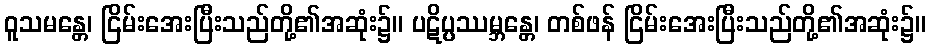
ဝူသမန္တေ၊ ငြိမ်းအေးပြီးသည်တို့၏အဆုံး၌။ ပဋိပ္ပဿမ္ဘန္တေ၊ တစ်ဖန် ငြိမ်းအေးပြီးသည်တို့၏အဆုံး၌။